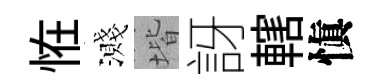
恠濺堦訝轄愼